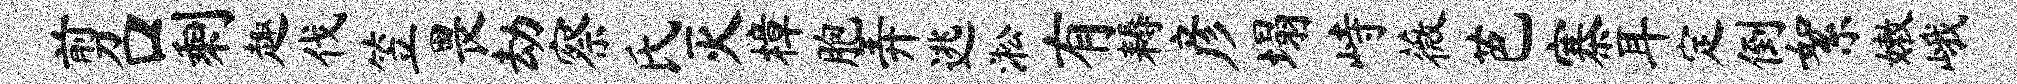
剪口剩趣伐笠畏劫察氏灭樟胞弄逃淞有耨彦塌峙薇芭寨耳定倒絮嫩峨